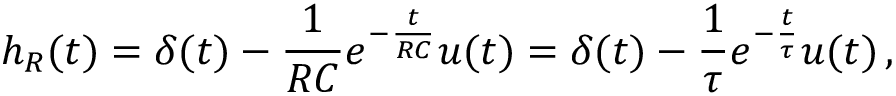
h _ { R } ( t ) = \delta ( t ) - { \frac { 1 } { R C } } e ^ { - { \frac { t } { R C } } } u ( t ) = \delta ( t ) - { \frac { 1 } { \tau } } e ^ { - { \frac { t } { \tau } } } u ( t ) \, ,